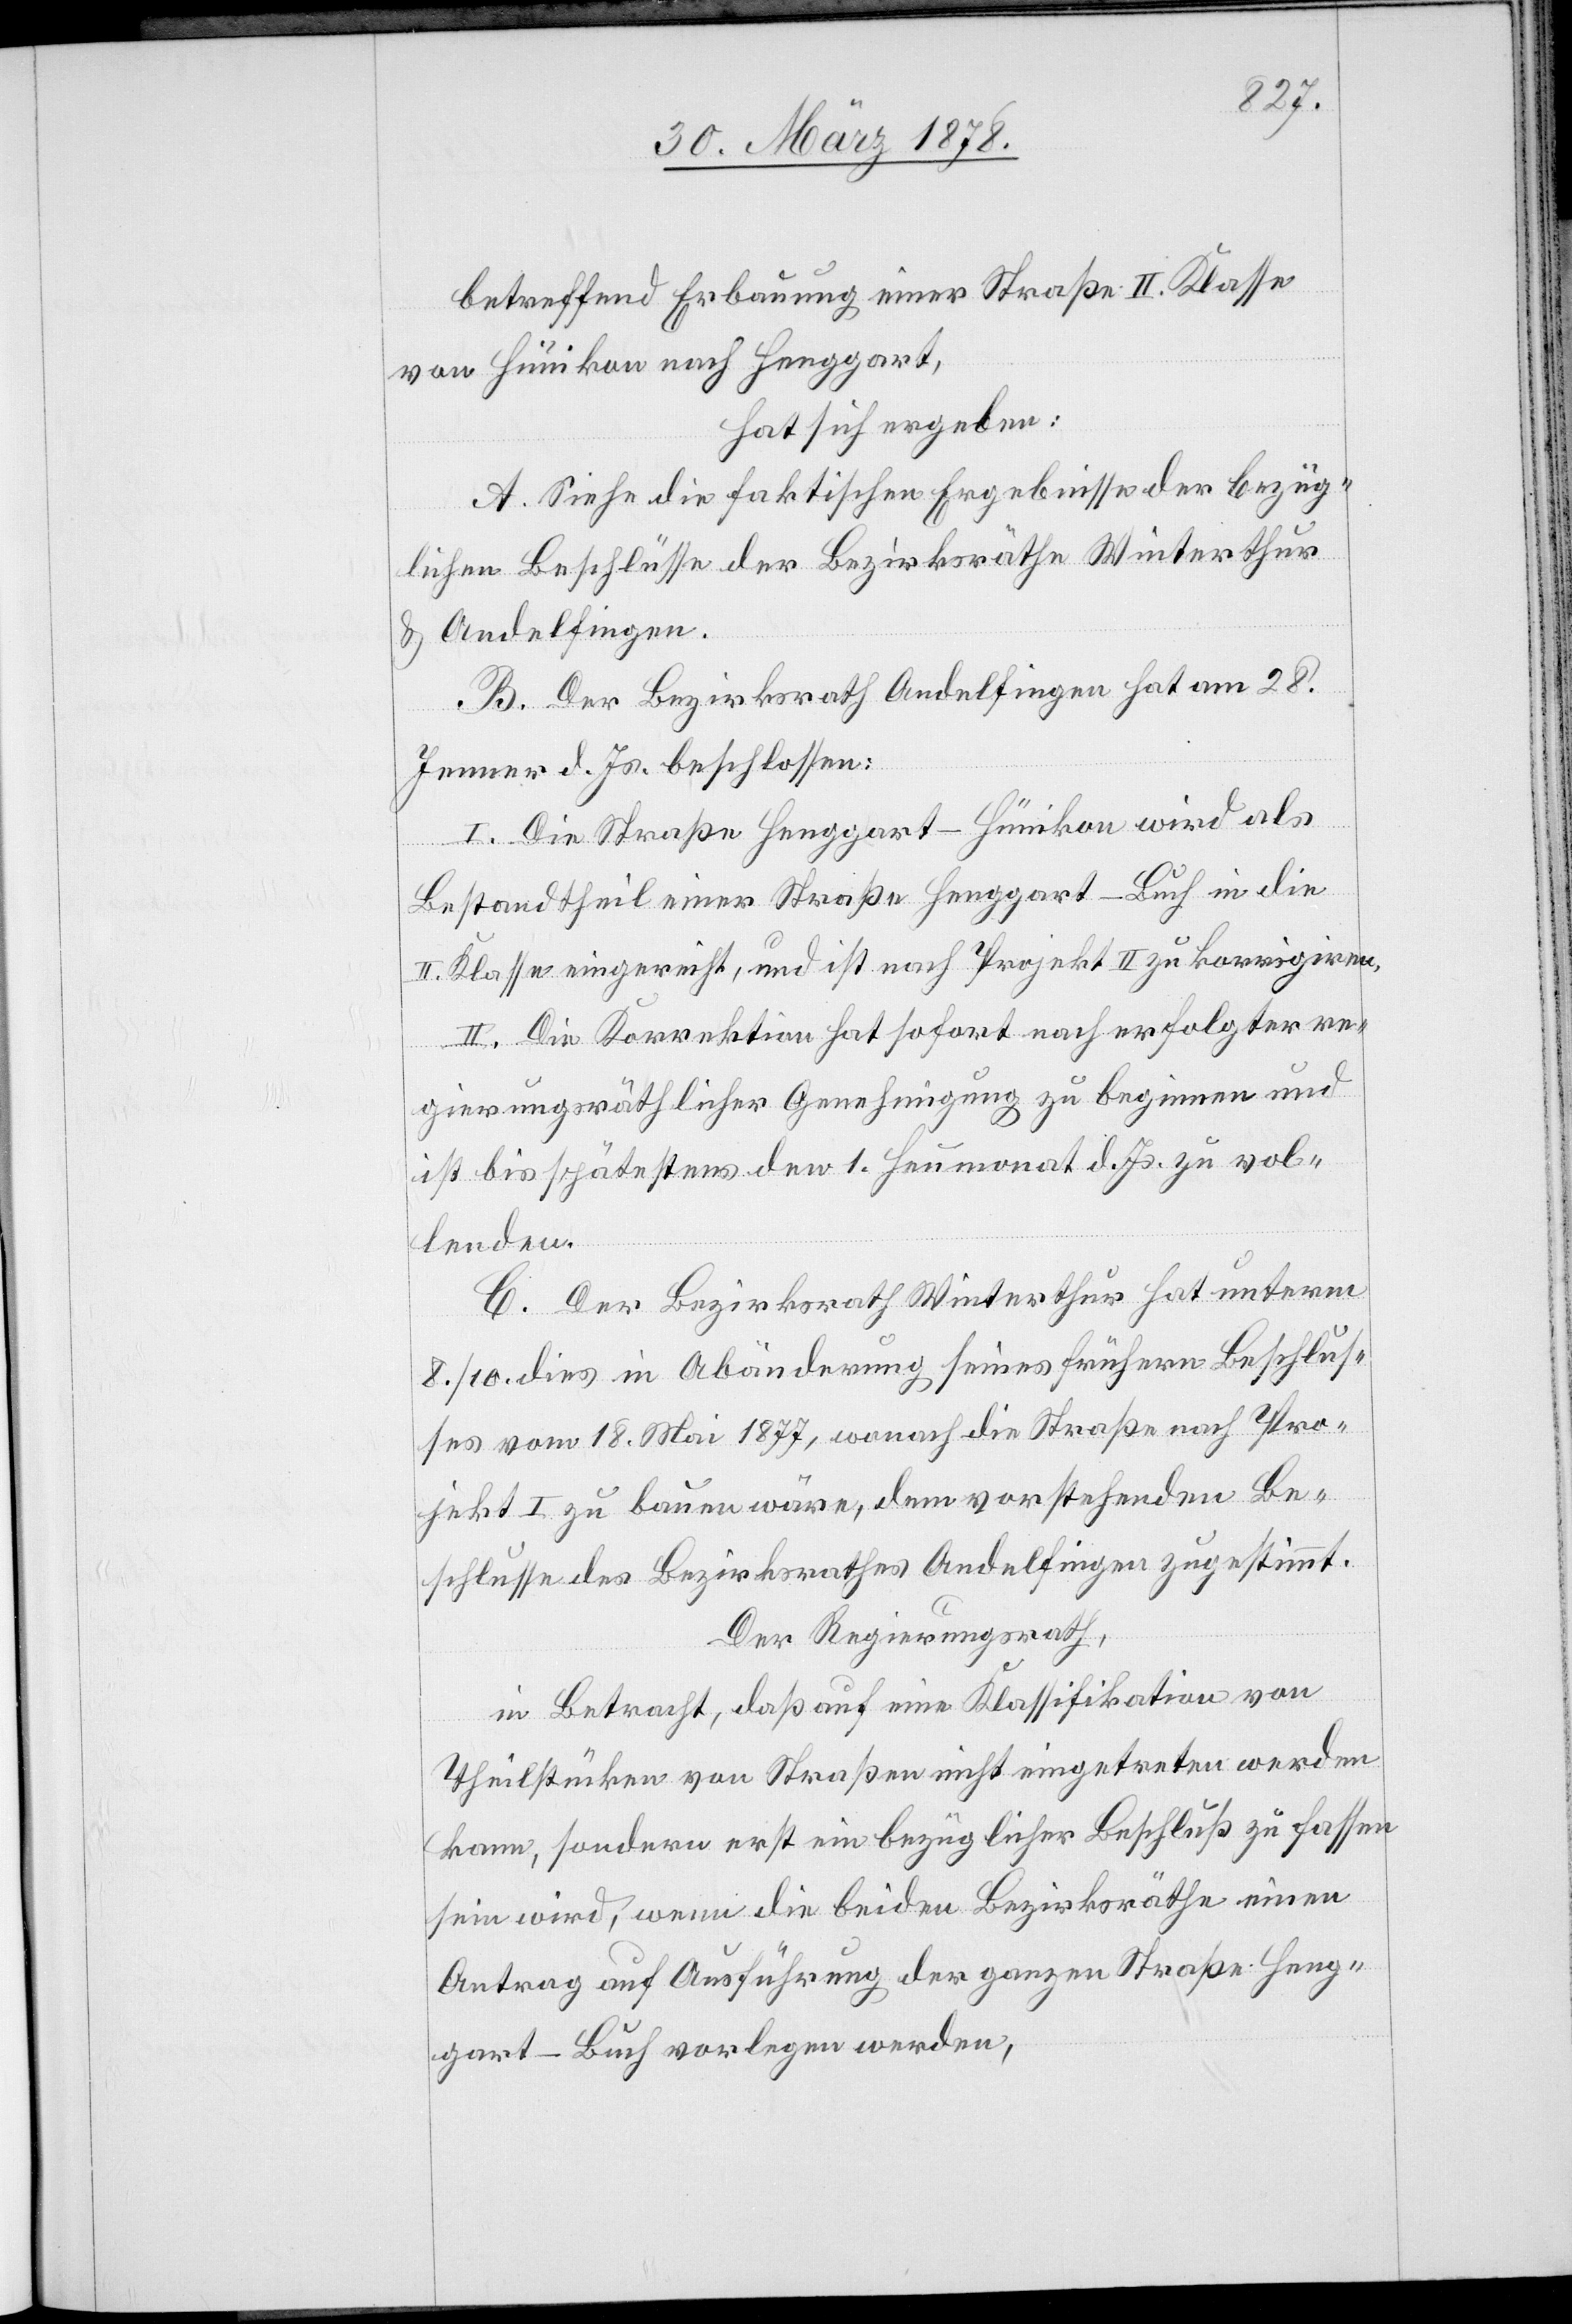
betreffend Erbauung einer Straße II. Klasse
von Humikon nach Henggart,
hat sich ergeben:
A. Siehe die faktischen Ergebnisse der bezüg¬
lichen Beschlüsse der Bezirksräthe Winterthur
& Andelfingen.
B. Der Bezirksrath Andelfingen hat am 28.
Jenner d. Js. beschlossen:
I. Die Straße Henggart–Humikon wird als
Bestandtheil einer Straße Henggart–Buch in die
II. Klasse eingereiht, und ist nach Projekt II zu korrigiren.
II. Die Korrektion hat sofort nach erfolgter re¬
gierungsräthlicher Genehmigung zu beginnen und
[ist] bis spätestens den 1. Heumonat d. Js. zu vol¬
lenden.
C. Der Bezirksrath Winterthur hat unterm
8. / 10. dies in Abänderung seines frühern Beschlus¬
ses vom 18. Mai 1877, wonach die Straße nach Pro¬
jekt I. zu bauen wäre, dem vorstehenden Be¬
schlusse des Bezirksrathes Andelfingen zugestimmt.
Der Regierungsrath,
in Betracht, daß auf eine Klassifikation von
Theilstücken von Straßen nicht eingetreten werden
kann, sondern erst ein bezüglicher Beschluß zu fassen
sein wird, wenn die beiden Bezirksräthe einen
Antrag auf Ausführung der ganzen Straße Heng¬
gart–Buch vorlegen werden,